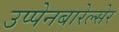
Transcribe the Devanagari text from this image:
उप्पेनबारेल्सेर